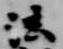
法